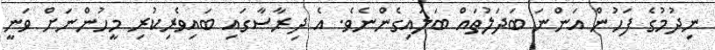
ނިދުމުގެ ފަހުން އަންނަ ބަދަލުތައް ބަލައިގެންނެވެ. އެ ދިރާސާގައި ބައިވެރިކުރި މީހުންނަށް ވަނީ